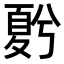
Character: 𡕵